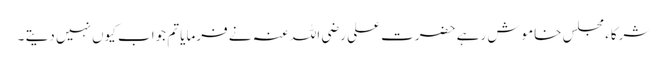
شرکاء مجلس خاموش رہے حضرت علی رضی اللہ عنہ نے فرمایا تم جواب کیوں نہیں دیتے ۔